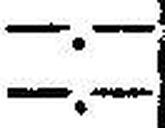
—.—